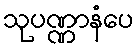
သုပဏ္ဏာနံပေ